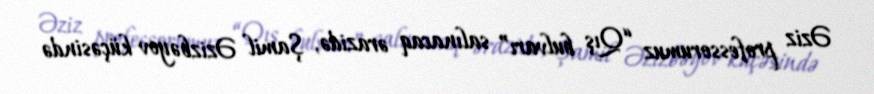
Əziz professorumuz “Qış bulvarı” salınacaq ərazidə, Şamil Əzizbəyov küçəsində